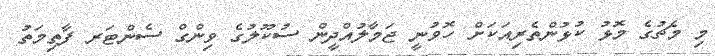
މި މެޗުގެ މޮޅު ކުޅުންތެރިއަކަށް ހޮވުނީ ޖަމާލުއްދީން ސުކޫލުގެ ވިންގް ސެންޓަރ ފާތިމަތު